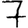
Digit: 7